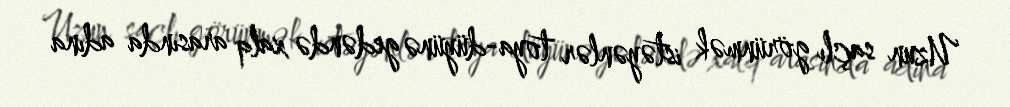
Uzun saçlı görünmək istəyənlər toya-düyünə gedəndə xalq arasında adına